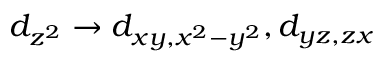
d _ { z ^ { 2 } } \rightarrow d _ { x y , x ^ { 2 } - y ^ { 2 } } , d _ { y z , z x }